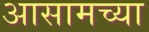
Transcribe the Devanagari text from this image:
अासामच्या